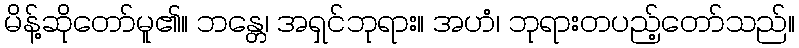
မိန့်ဆိုတော်မူ၏။ ဘန္တေ၊ အရှင်ဘုရား။ အဟံ၊ ဘုရားတပည့်တော်သည်။